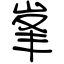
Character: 峯